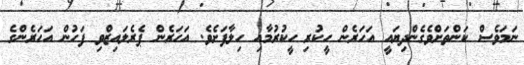
ނަމަވެސް ކަންތަށްވެގެންދިޔައީ އަހަރެން ހީކުރި ހީކުރުމާއި ހިލާފަށެވެ. އަހަރެން ޕެރެލައިޒްވި ފަހުން އަހަރެންގެ